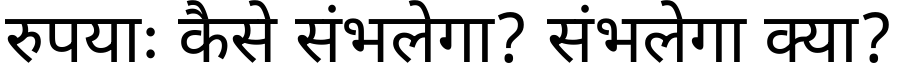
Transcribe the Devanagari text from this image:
रुपयाः कैसे संभलेगा? संभलेगा क्या?